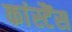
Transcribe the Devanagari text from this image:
कांस्टैंस